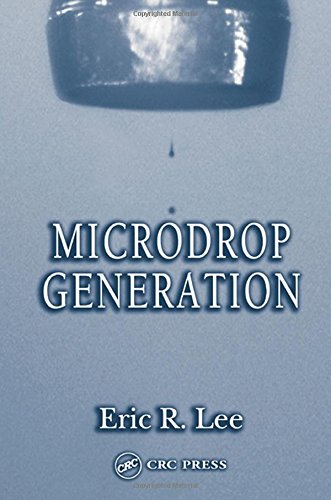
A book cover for Microdrop Generation (Nano- and Microscience, Engineering, Technology and Medicine); Eric R. Lee; Medical Books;